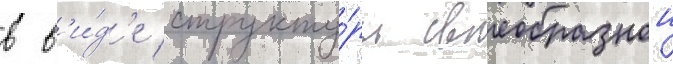
в в'и́д'е структу́ры своеобразнои